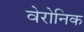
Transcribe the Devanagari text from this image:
वेरोनिक